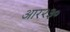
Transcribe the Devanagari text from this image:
आर२३०